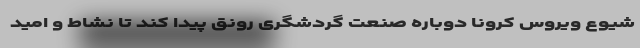
شیوع ویروس کرونا دوباره صنعت گردشگری رونق پیدا کند تا نشاط و امید